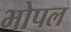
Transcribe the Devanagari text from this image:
भोपल